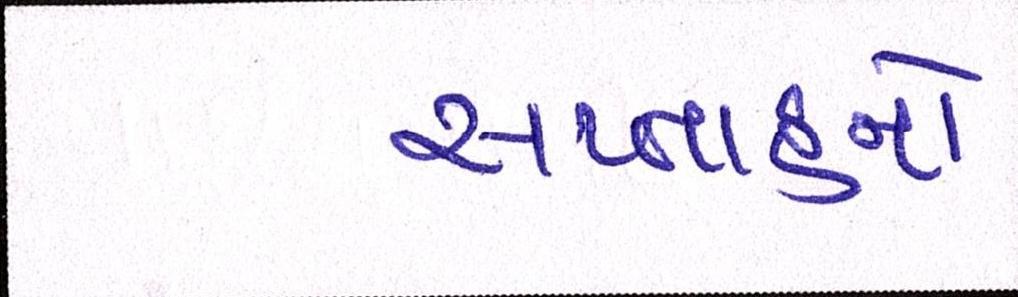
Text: સપ્તાહનો